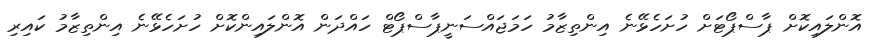
އޮންލައިކޮށް ޕާސްޕޯޓަށް ހުށަހެޅޭނެ އިންތިޒާމު ހަމަޖައްސަނީޕާސްޕޯޓް ހައްދަން އޮންލައިންކޮށް ހުށަހެޅޭނެ އިންތިޒާމު ކައިރި